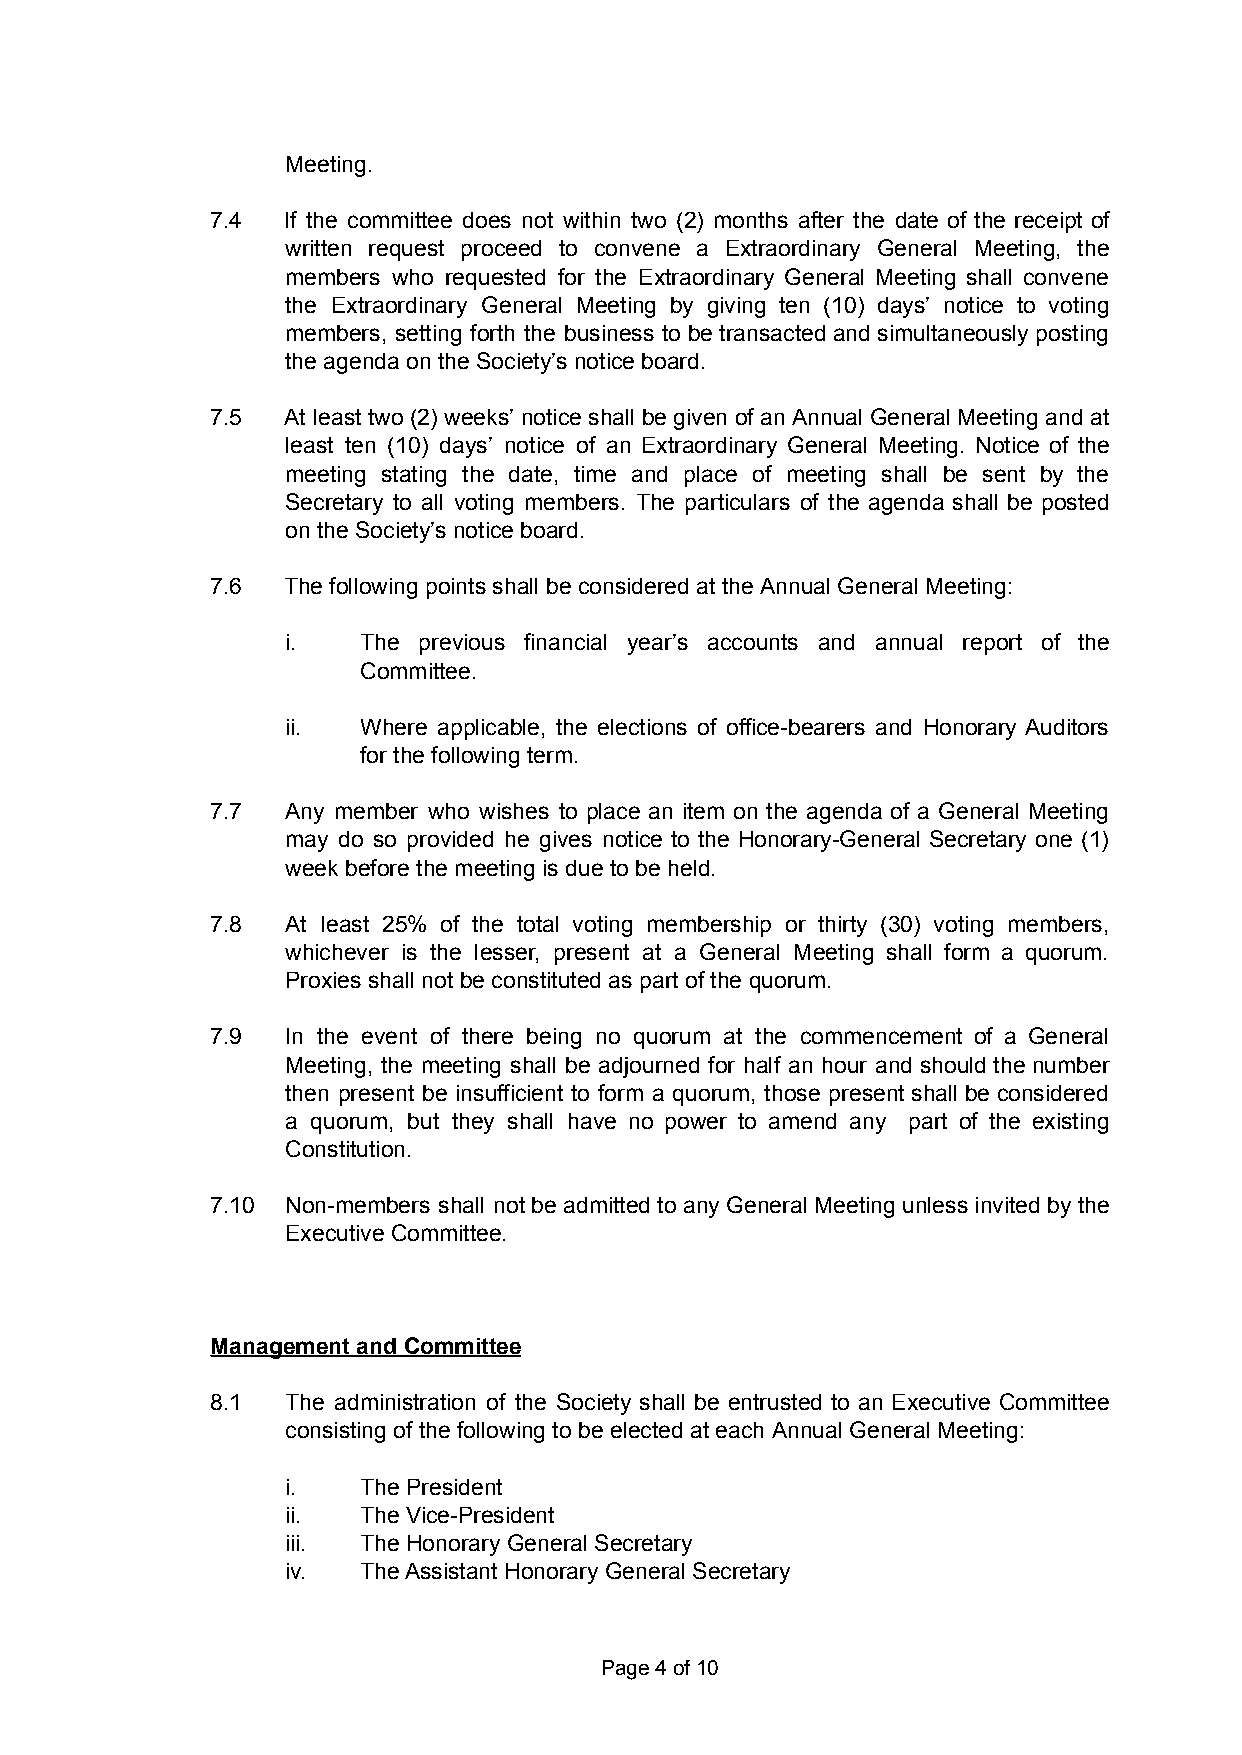
Meeting.
 7.4  If the committee does not within two (2) months after the date of the receipt of
 written request proceed to convene a Extraordinary General Meeting, the
 members who requested for the Extraordinary General Meeting shall convene
 the Extraordinary General Meeting by giving ten (10) days’ notice to voting
 members, setting forth the business to be transacted and simultaneously posting
 the agenda on the Society’s notice board.
 7.5  At least two (2) weeks’ notice shall be given of an Annual General Meeting and at
 least ten (10) days’ notice of an Extraordinary General Meeting. Notice of the
 meeting stating the date, time and place of meeting shall be sent by the
 Secretary to all voting members. The particulars of the agenda shall be posted
 on the Society’s notice board.
 7.6  The following points shall be considered at the Annual General Meeting:
 i.   The previous financial year’s accounts and annual report of the
 Committee.
 ii.  Where applicable, the elections of office-bearers and Honorary Auditors
 for the following term.
 7.7  Any member who wishes to place an item on the agenda of a General Meeting
 may do so provided he gives notice to the Honorary-General Secretary one (1)
 week before the meeting is due to be held.
 7.8  At least 25% of the total voting membership or thirty (30) voting members,
 whichever is the lesser, present at a General Meeting shall form a quorum.
 Proxies shall not be constituted as part of the quorum.
 7.9  In the event of there being no quorum at the commencement of a General
 Meeting, the meeting shall be adjourned for half an hour and should the number
 then present be insufficient to form a quorum, those present shall be considered
 a quorum, but they shall have no power to amend any part of the existing
 Constitution.
 7.10 Non-members shall not be admitted to any General Meeting unless invited by the
 Executive Committee.
 Management and Committee
 8.1  The administration of the Society shall be entrusted to an Executive Committee
 consisting of the following to be elected at each Annual General Meeting:
 i.   The President
 ii.  The Vice-President
 iii. The Honorary General Secretary
 iv.  The Assistant Honorary General Secretary
 Page4of10